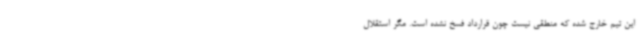
این تیم خارج شده که منطقی نیست چون قرارداد فسخ نشده است. مگر استقلال